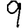
Digit: 9